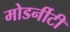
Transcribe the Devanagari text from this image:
मोडर्नीटी